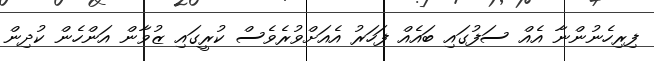
ފިރިހެނުންނާ އެއް ސަފުގައި ބައެއް ފަހަރު އެއަށްވުރެވެސް ކުރީގައި ޒުވާން އަންހެން ކުދިން